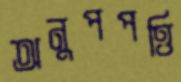
অনুপপত্তি